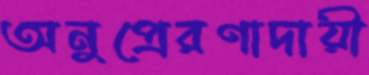
অনুপ্রেরণাদায়ী